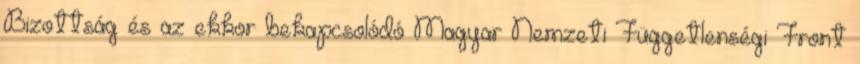
Bizottság és az ekkor bekapcsolódó Magyar Nemzeti Függetlenségi Front